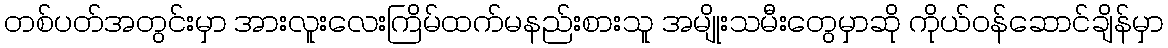
တစ်ပတ်အတွင်းမှာ အားလူးလေးကြိမ်ထက်မနည်းစားသူ အမျိုးသမီးတွေမှာဆို ကိုယ်ဝန်ဆောင်ချိန်မှာ